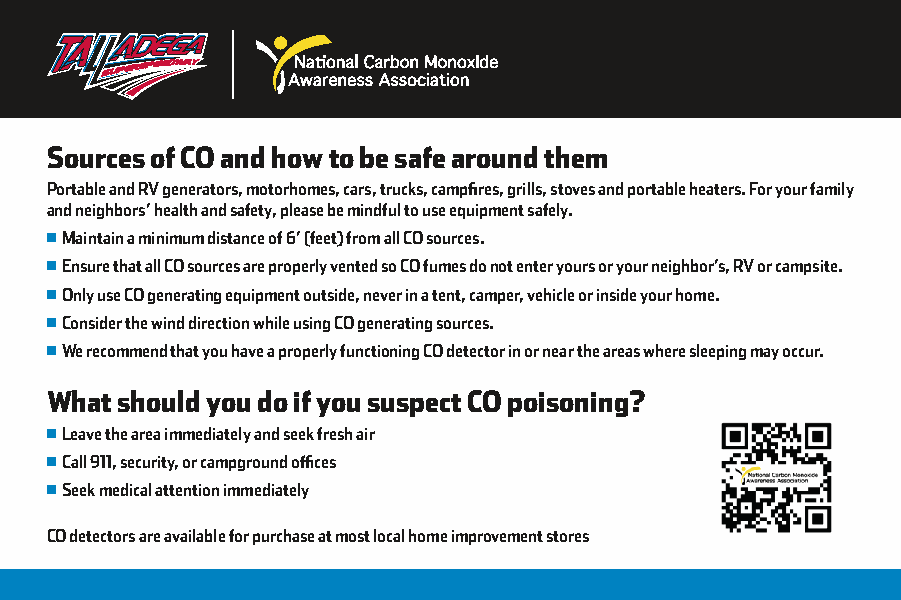
Sources of CO and how to be safe around them
 Portable and RV generators, motorhomes, cars, trucks, campfires, grills, stoves and portable heaters. For your family
 and neighbors’ health and safety, please be mindful to use equipment safely.
 Maintain a minimum distance of 6’ (feet) from all CO sources.
 Ensure that all CO sources are properly vented so CO fumes do not enter yours or your neighbor’s, RV or campsite.
 Only use CO generating equipment outside, never in a tent, camper, vehicle or inside your home.
 Consider the wind direction while using CO generating sources.
 We recommend that you have a properly functioning CO detector in or near the areas where sleeping may occur.
 What should you do if you suspect CO poisoning?
 Leave the area immediately and seek fresh air
 Call 911, security, or campground offices
 Seek medical attention immediately
 CO detectors are available for purchase at most local home improvement stores